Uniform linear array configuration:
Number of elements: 12
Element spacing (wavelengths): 1
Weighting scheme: blackman
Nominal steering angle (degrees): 45
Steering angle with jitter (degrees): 45.619
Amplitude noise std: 0.05
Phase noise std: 0.05

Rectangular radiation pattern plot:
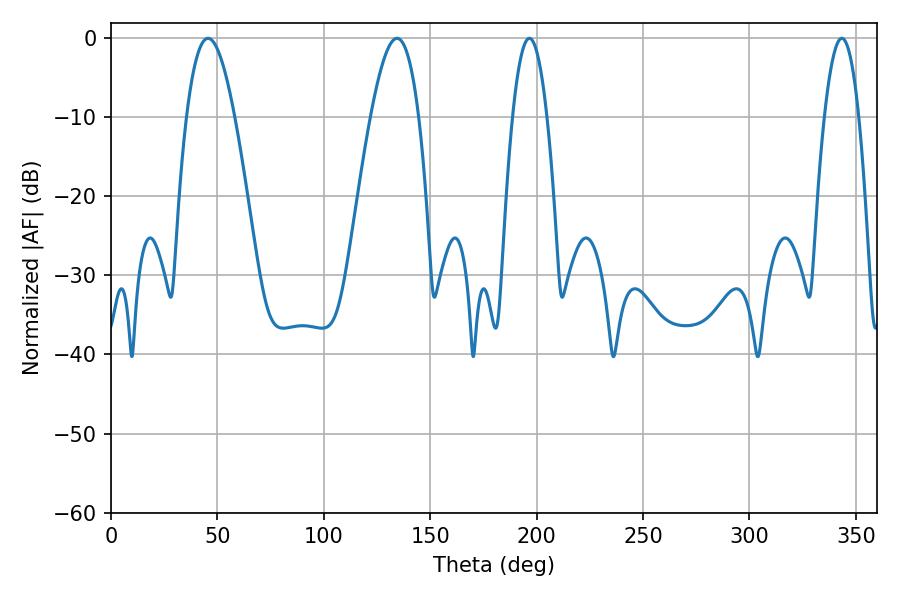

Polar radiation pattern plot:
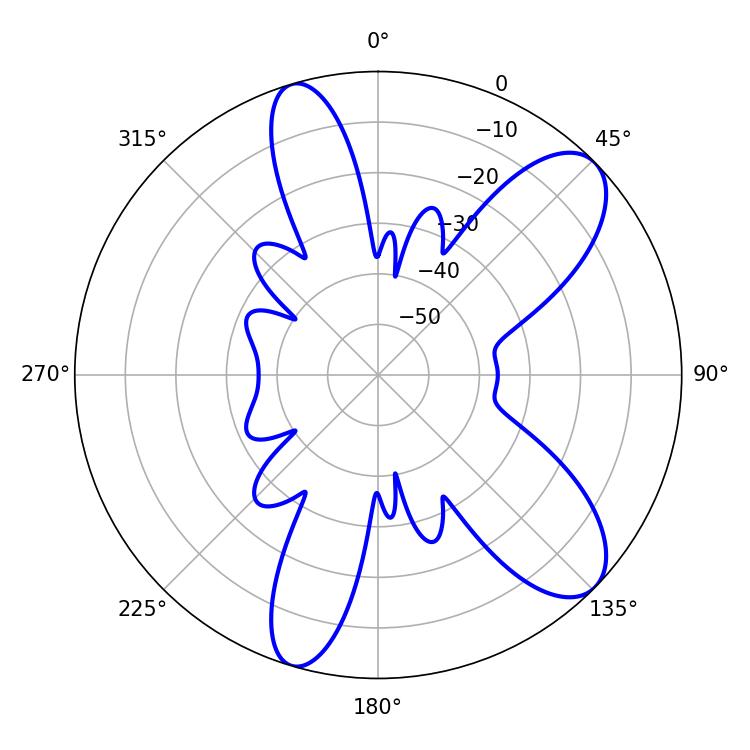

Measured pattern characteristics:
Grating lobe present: TRUE
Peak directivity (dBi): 9.24
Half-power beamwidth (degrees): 8.82
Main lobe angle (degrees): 196.56